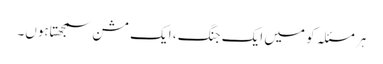
ہر مسئلہ کو میں ایک جنگ ، ایک مشن سمجھتاہوں۔